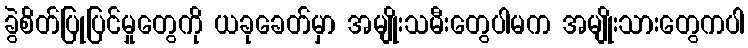
ခွဲစိတ်ပြုပြင်မှုတွေကို ယခုခေတ်မှာ အမျိုးသမီးတွေပါမက အမျိုးသားတွေကပါ